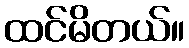
ထင်မိတယ်။